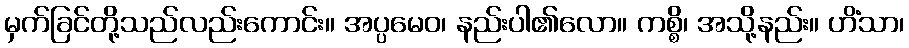
မှက်ခြင်တို့သည်လည်းကောင်း။ အပ္ပမေဝ၊ နည်းပါ၏လော။ ကစ္စိ၊ အသို့နည်း။ ဟိံသာ၊